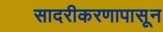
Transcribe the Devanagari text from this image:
सादरीकरणापासून